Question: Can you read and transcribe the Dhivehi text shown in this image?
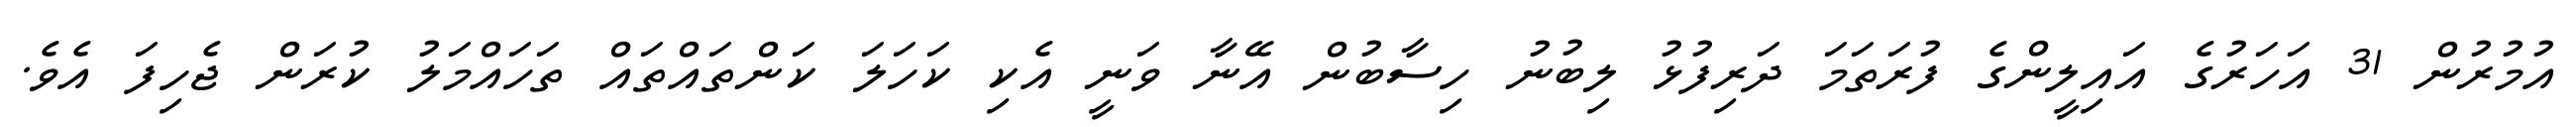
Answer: އުމުރުން 31 އަހަރުގެ އައިލީންގެ ފުރަތަމަ ދަރިފުޅު ލިބުނު ހިސާބުން އޭނާ ވަނީ އެކި ކަހަލަ ކަންތައްތައް ތަހައްމަލު ކުރަން ޖެހިފަ އެވެ.